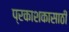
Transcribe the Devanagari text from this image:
प्रकाशकासाठी